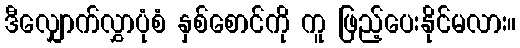
ဒီလျှောက်လွှာပုံစံ နှစ်စောင်ကို ကူ ဖြည့်ပေးနိုင်မလား။